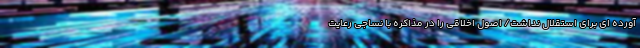
آورده ای برای استقلال نداشت/ اصول اخلاقی را در مذاکره با نساجی رعایت